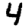
Digit: 4